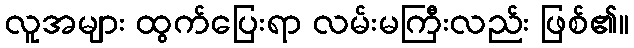
လူအများ ထွက်ပြေးရာ လမ်းမကြီးလည်း ဖြစ်၏။